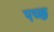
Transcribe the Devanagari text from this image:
पच्छ